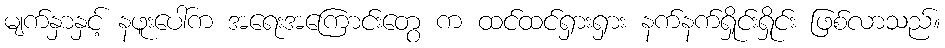
မျက်နှာနှင့် နဖူးပေါ်က အရေးအကြောင်းတွေ က ထင်ထင်ရှားရှား နက်နက်ရှိုင်းရှိုင်း ဖြစ်လာသည်။